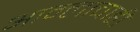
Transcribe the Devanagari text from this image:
आम्लाचाही